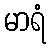
မာရံ